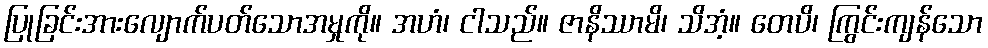
ပြုခြင်းအားလျောက်ပတ်သောအမှုကို။ အဟံ၊ ငါသည်။ ဇာနိဿာမိ၊ သိအံ့။ တေပိ၊ ကြွင်းကျန်သော